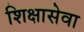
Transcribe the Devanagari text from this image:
शिक्षासेवा